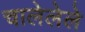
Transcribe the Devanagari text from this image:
चालेलेले